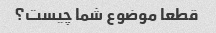
قطعا موضوع شما چیست؟